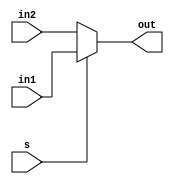
//
//Hrier
//2020113011:12:19

module MUX(
    input wire[31:0] in1,
    input wire[31:0] in2,
    input wire s,
    output wire[31:0] out
);

assign out = s?in1:in2;

endmodule